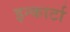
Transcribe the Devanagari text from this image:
इन्कार्टा